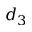
d _ { 3 }